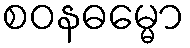
စဝနဓမ္မော